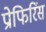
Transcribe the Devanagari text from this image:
प्रोफिरिंस